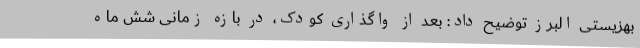
بهزیستی البرز توضیح داد: بعد از واگذاری کودک، در بازه زمانی شش ماه